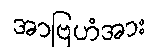
အာဗြဟံအား